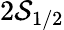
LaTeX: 2\mathcal{S}_{1/2}